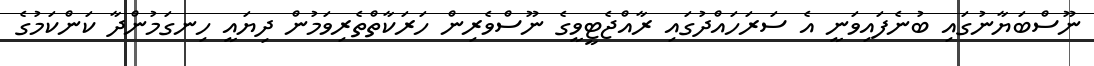
ނޫސްބަޔާނުގައި ބުނެފައިވަނީ އެ ސަރަހައްދުގައި ރާއްޖެޓީވީގެ ނޫސްވެރިން ހަރަކާތްތެރިވަމުން ދިޔައީ ހިނގަމުންދާ ކަންކަމުގެ